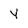
Character: Y